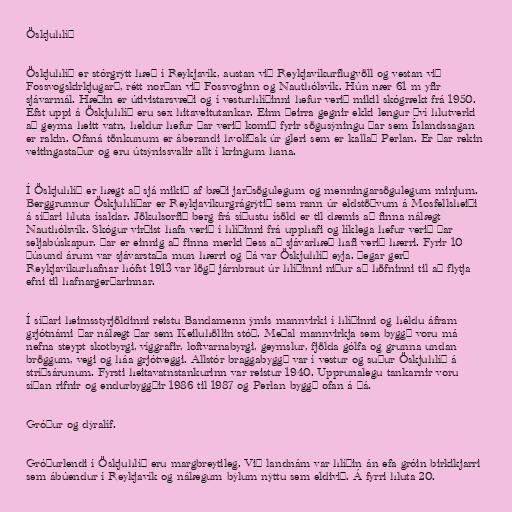
Öskjuhlíð

Öskjuhlíð er stórgrýtt hæð í Reykjavík, austan við Reykjavíkurflugvöll og vestan við
Fossvogskirkjugarð, rétt norðan við Fossvoginn og Nauthólsvík. Hún nær 61 m yfir
sjávarmál. Hæðin er útivistarsvæði og í vesturhlíðinni hefur verið mikil skógrækt frá 1950.
Efst uppi á Öskjuhlíð eru sex hitaveitutankar. Einn þeirra gegnir ekki lengur því hlutverki
að geyma heitt vatn, heldur hefur þar verið komið fyrir sögusýningu þar sem Íslandssagan
er rakin. Ofaná tönkunum er áberandi hvolfþak úr gleri sem er kallað Perlan. Er þar rekin
veitingastaður og eru útsýnissvalir allt í kringum hana.

Í Öskjuhlíð er hægt að sjá mikið af bæði jarðsögulegum og menningarsögulegum minjum.
Berggrunnur Öskjuhlíðar er Reykjavíkurgrágrýtið sem rann úr eldstöðvum á Mosfellsheiði
á síðari hluta ísaldar. Jökulsorfið berg frá síðustu ísöld er til dæmis að finna nálægt
Nauthólsvík. Skógur virðist hafa verið í hlíðinni frá upphafi og líklega hefur verið þar
seljabúskapur. Þar er einnig að finna merki þess að sjávarhæð hafi verið hærri. Fyrir 10
þúsund árum var sjávarstaða mun hærri og þá var Öskjuhlíð eyja. Þegar gerð
Reykjavíkurhafnar hófst 1913 var lögð járnbraut úr hlíðinni niður að höfninni til að flytja
efni til hafnargerðarinnar.

Í síðari heimsstyrjöldinni reistu Bandamenn ýmis mannvirki í hlíðinni og héldu áfram
grjótnámi þar nálægt þar sem Keiluhöllin stóð. Meðal mannvirkja sem byggð voru má
nefna steypt skotbyrgi, víggrafir, loftvarnabyrgi, geymslur, fjölda gólfa og grunna undan
bröggum, vegi og háa grjótveggi. Allstór braggabyggð var í vestur og suður Öskjuhlíð á
stríðsárunum. Fyrsti heitavatnstankurinn var reistur 1940. Upprunalegu tankarnir voru
síðan rifnir og endurbyggðir 1986 til 1987 og Perlan byggð ofan á þá.

Gróður og dýralíf.

Gróðurlendi í Öskjuhlíð eru margbreytileg. Við landnám var hlíðin án efa gróin birkikjarri
sem ábúendur í Reykjavík og nálægum býlum nýttu sem eldivið. Á fyrri hluta 20.